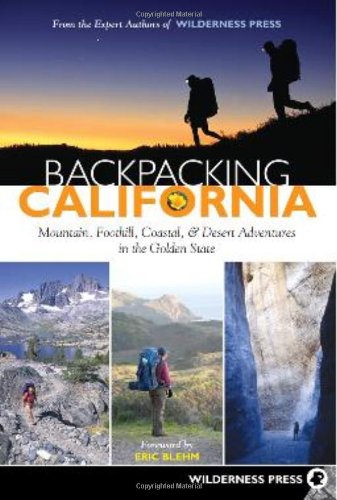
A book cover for Backpacking California: Mountain, Foothill, Coastal and Desert Adventures in the Golden State; Wilderness Press; Health, Fitness & Dieting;